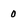
Character: 0